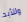
وللأبد